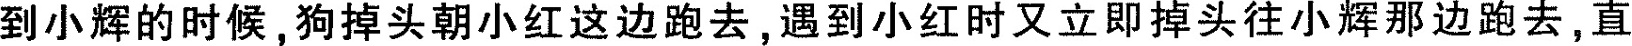
到小辉的时候，狗掉头朝小红这边跑去，遇到小红时又立即掉头往小辉那边跑去，直